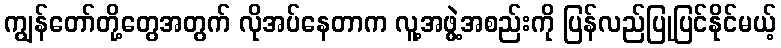
ကျွန်တော်တို့တွေအတွက် လိုအပ်နေတာက လူ့အဖွဲ့အစည်းကို ပြန်လည်ပြုပြင်နိုင်မယ့်